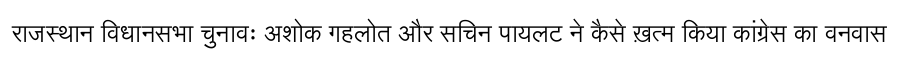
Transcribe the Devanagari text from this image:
राजस्थान विधानसभा चुनावः अशोक गहलोत और सचिन पायलट ने कैसे ख़त्म किया कांग्रेस का वनवास